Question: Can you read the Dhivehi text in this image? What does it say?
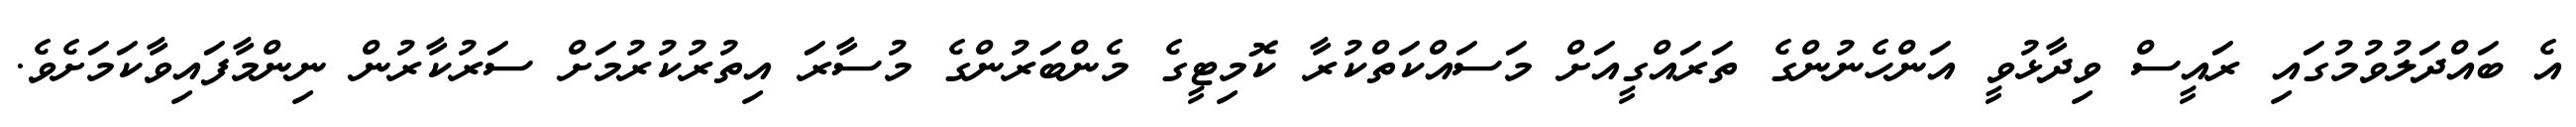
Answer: އެ ބައްދަލުވުމުގައި ރައީސް ވިދާޅުވީ އަންހެނުންގެ ތަރައްގީއަށް މަސައްކަތްކުރާ ކޮމިޓީގެ މެންބަރުންގެ މުސާރަ އިތުރުކުރުމަށް ސަރުކާރުން ނިންމާފައިވާކަމަށެވެ.